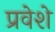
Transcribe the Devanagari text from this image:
प्रवेशे